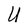
Character: U